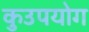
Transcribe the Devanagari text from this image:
कुउपयोग